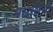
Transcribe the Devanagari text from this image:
पारसियो